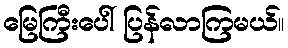
မြေကြီးပေါ် ပြန်လာကြမယ်။